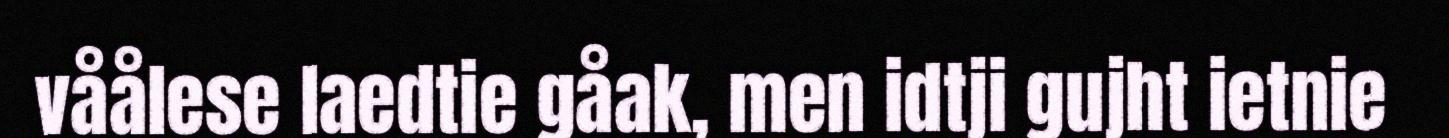
våålese laedtie gåak, men idtji gujht ietnie